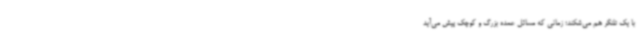
با یک تلنگر هم می‌شکند؛ زمانی که مسائل عمده بزرگ و کوچک پیش می‌آید